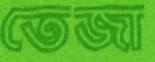
তেজা